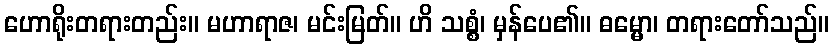
ဟောရိုးတရားတည်း။ မဟာရာဇ၊ မင်းမြတ်။ ဟိ သစ္စံ၊ မှန်ပေ၏။ ဓမ္မော၊ တရားတော်သည်။